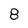
Character: 8